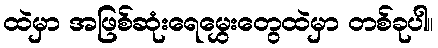
ထဲမှာ အဖြစ်ဆုံးရေမွှေးတွေထဲမှာ တစ်ခုပါ။